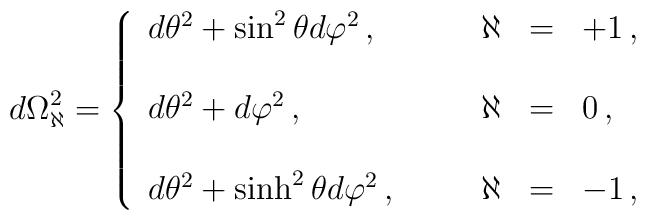
d\Omega^{2}_{\aleph} =\left\{\begin{array}{lrcl}d\theta^{2} +\sin^{2}{\theta}d\varphi^{2}\, ,\hspace{1cm}&\aleph & = & +1\, ,\\& & & \\d\theta^{2} +d\varphi^{2}\, ,& \aleph & = & 0\, ,\\& & & \\d\theta^{2} +\sinh^{2}{\theta}d\varphi^{2}\, ,&\aleph & = & -1\, ,\\\end{array}\right.